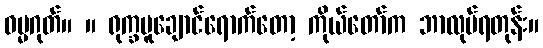
ဓမ္မဂုတ်။ ။ ရုက္ခမူချောင်ရောက်တော့ ကိုယ်တော်က ဘာလုပ်ရတုန်း။